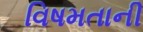
વિષમતાની